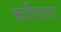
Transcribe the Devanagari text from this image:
कापिवारा